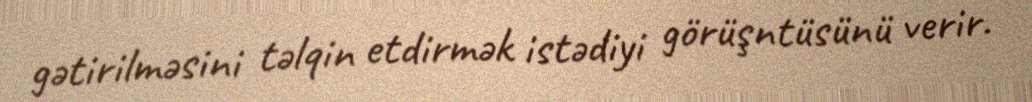
gətirilməsini təlqin etdirmək istədiyi görüşntüsünü verir.